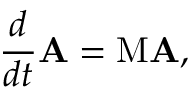
\frac { d } { d t } \mathbf { A } = \mathrm { M } \mathbf { A } ,